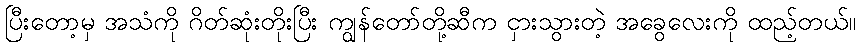
ပြီးတော့မှ အသံကို ဂိတ်ဆုံးတိုးပြီး ကျွန်တော်တို့ဆီက ငှားသွားတဲ့ အခွေလေးကို ထည့်တယ်။